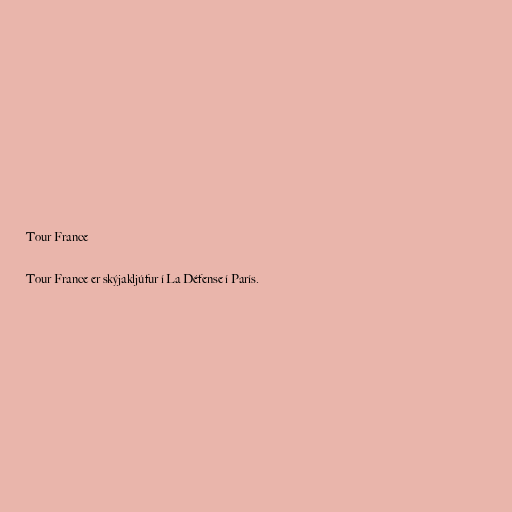
Tour France

Tour France er skýjakljúfur í La Défense í París.